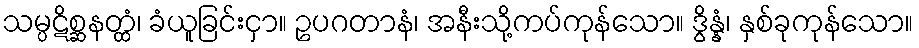
သမ္ပဋိစ္ဆနတ္ထံ၊ ခံယူခြင်းငှာ။ ဥပဂတာနံ၊ အနီးသို့ကပ်ကုန်သော။ ဒွိန္နံ၊ နှစ်ခုကုန်သော။